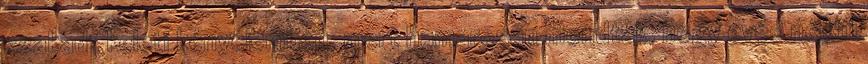
szakadt keleti kényelemben, mert hamarosan mondták, hogy evés nélkül